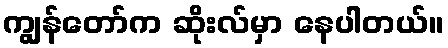
ကျွန်တော်က ဆိုးလ်မှာ နေပါတယ်။